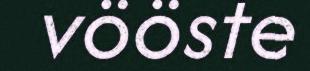
vööste